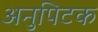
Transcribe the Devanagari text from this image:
अनुपिटक